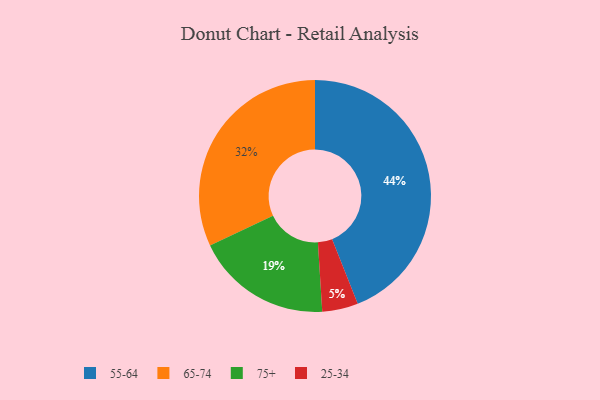
{"axis": {"x": "Category", "y": "Percentage"}, "legend": ["25-34", "55-64", "65-74", "75+"], "data": [{"x": "75+", "y": 19, "type": "75+"}, {"x": "25-34", "y": 5, "type": "25-34"}, {"x": "55-64", "y": 44, "type": "55-64"}, {"x": "65-74", "y": 32, "type": "65-74"}]}